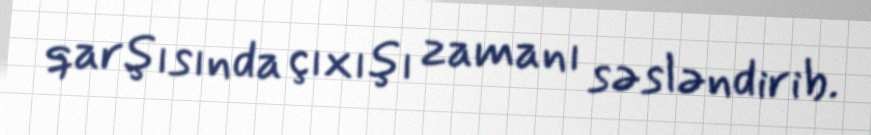
qarşısında çıxışı zamanı səsləndirib.